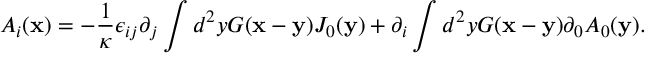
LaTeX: A _ { i } ( { \bf x } ) = - \frac { 1 } { \kappa } \epsilon _ { i j } \partial _ { j } \int d ^ { 2 } y G ( { \bf x } - { \bf y } ) J _ { 0 } ( { \bf y } ) + \partial _ { i } \int d ^ { 2 } y G ( { \bf x } - { \bf y } ) \partial _ { 0 } A _ { 0 } ( { \bf y } ) .